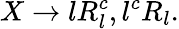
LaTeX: X\rightarrow lR_{l}^{c},l^{c}R_{l}.